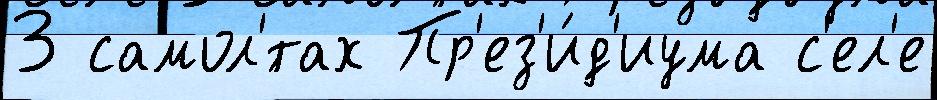
3 самол'́тах Пр'ез'и́д'иума с'ел'е